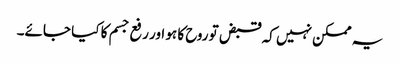
یہ ممکن نہیں کہ قبض تو روح کا ہو اور رفع جسم کا کیا جائے۔